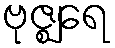
ဗုဇ္ဈရေ